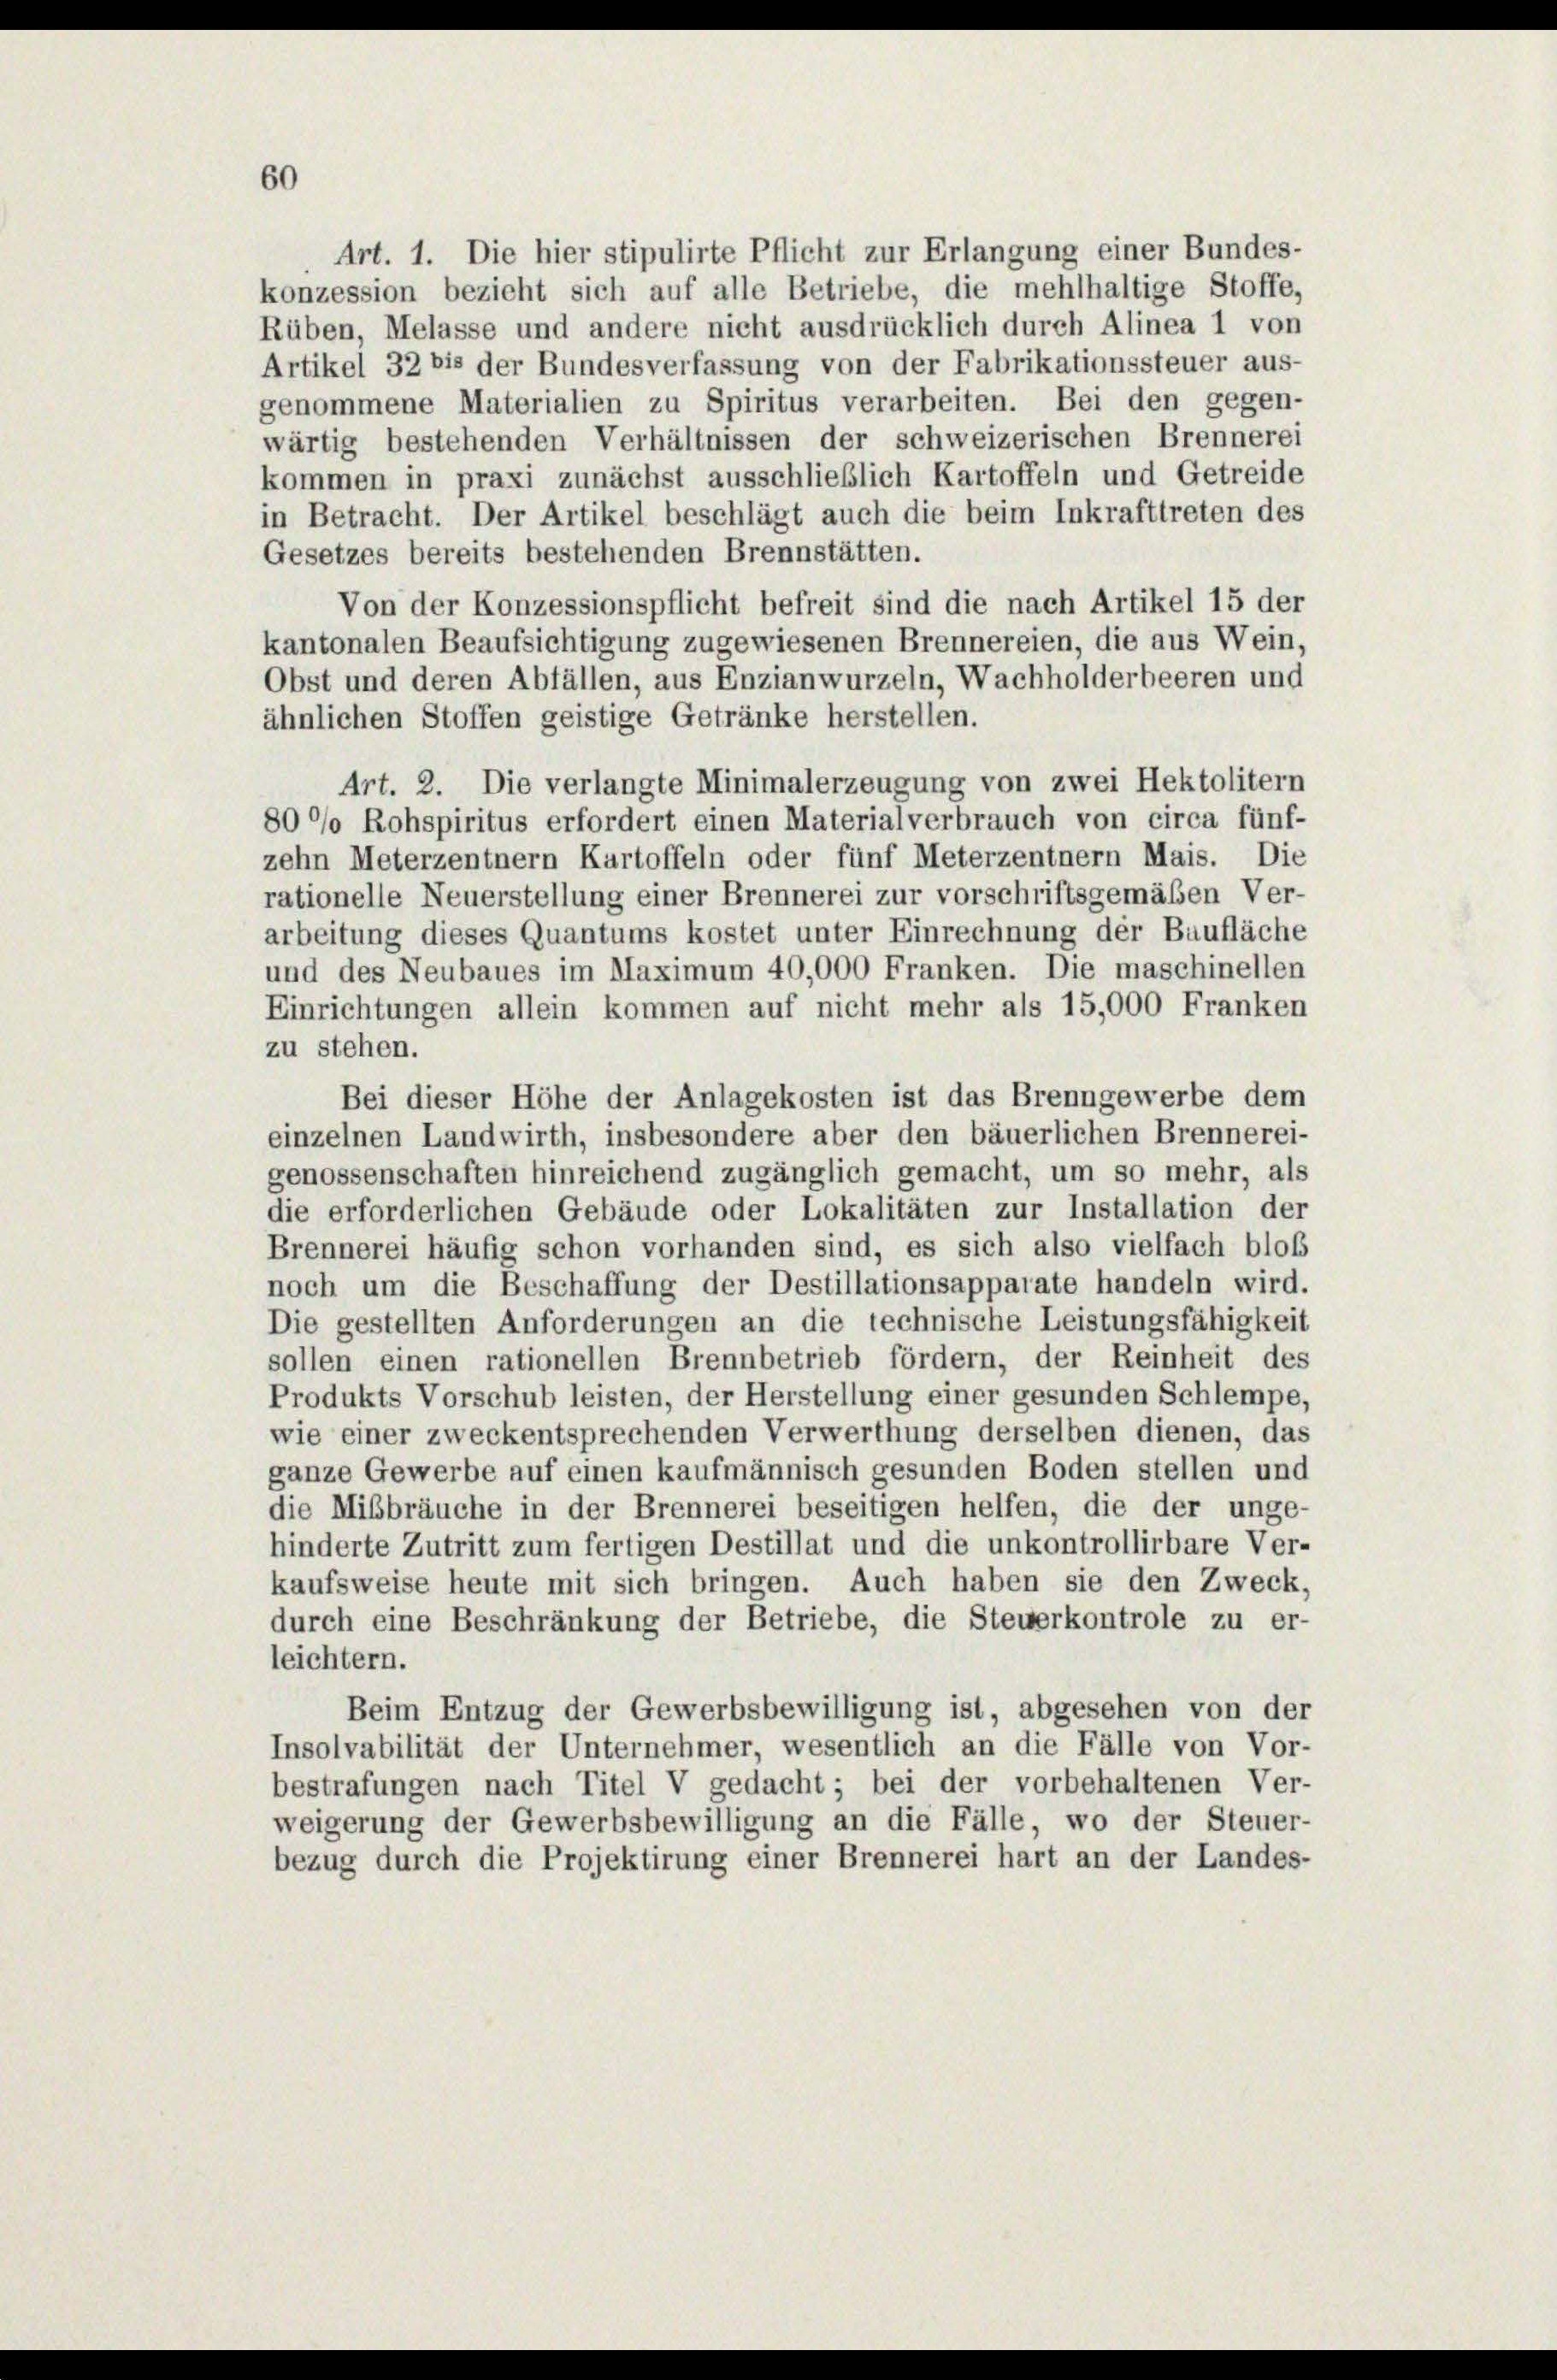
Art. 1. Die hier stipulirte Pflicht zur Erlangung einer Bundes-
konzession bezieht sich auf alle Betriebe, die mehlhaltige Stoffe,
Rüben, Melasse und andere nicht ausdrücklich durch Alinea 1 von
Artikel 32 bis der Bundesverfassung von der Fabrikationssteuer aus-
genommene Materialien zu Spiritus verarbeiten. Bei den gegen-
wärtig bestehenden Verhältnissen der schweizerischen Brennerei
kommen in praxi zunächst ausschließlich Kartoffeln und Getreide
in Betracht. Der Artikel beschlägt auch die beim Inkrafttreten des
Gesetzes bereits bestehenden Brennstätten.
Von der Konzessionspflicht befreit sind die nach Artikel 15 der
kantonalen Beaufsichtigung zugewiesenen Brennereien, die aus Wein,
Obst und deren Abfällen, aus Enzianwurzeln, Wachholderbeeren und
ähnlichen Stoffen geistige Getränke herstellen.
Art. 2. Die verlangte Minimalerzeugung von zwei Hektolitern
800% Rohspiritus erfordert einen Materialverbrauch von circa fünf-
zehn Meterzentnern Kartoffeln oder fünf Meterzentnern Mais. Die
rationelle Neuerstellung einer Brennerei zur vorschriftsgemäßen Ver-
arbeitung dieses Quantums kostet unter Einrechnung der Baufläche
und des Neubaues im Maximum 40,000 Franken. Die maschinellen
Einrichtungen allein kommen auf nicht mehr als 15,000 Franken
zu stehen.
Bei dieser Höhe der Anlagekosten ist das Brenngewerbe dem
einzelnen Landwirth, insbesondere aber den bäuerlichen Brennerei-
genossenschaften hinreichend zugänglich gemacht, um so mehr, als
die erforderlichen Gebäude oder Lokalitäten zur Installation der
Brennerei häufig schon vorhanden sind, es sich also vielfach blof
noch um die Beschaffung der Destillationsapparate handeln wird.
Die gestellten Anforderungen an die technische Leistungsfähigkeit
sollen einen rationellen Brennbetrieb fördern, der Reinheit des
Produkts Vorschub leisten, der Herstellung einer gesunden Schlempe,
wie einer zweckentsprechenden Verwerthung derselben dienen, das
ganze Gewerbe auf einen kaufmännisch gesunden Boden stellen und
die Mißbräuche in der Brennerei beseitigen helfen, die der unge-
hinderte Zutritt zum fertigen Destillat und die unkontrollirbare Ver-
kaufsweise heute mit sich bringen. Auch haben sie den Zweck,
durch eine Beschränkung der Betriebe, die Steuerkontrole zu er-
leichtern.
Beim Entzug der Gewerbsbewilligung ist, abgesehen von der
Insolvabilität der Unternehmer, wesentlich an die Fälle von Vor-
bestrafungen nach Titel V gedacht; bei der vorbehaltenen Ver-
weigerung der Gewerbsbewilligung an die Fälle, wo der Steuer-
bezug durch die Projektirung einer Brennerei hart an der Landes-

60